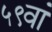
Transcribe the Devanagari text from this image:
५९वां